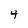
Character: 4